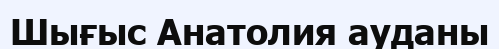
Шығыс Анатолия ауданы